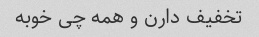
تخفیف دارن و همه چی خوبه